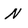
Character: N